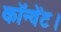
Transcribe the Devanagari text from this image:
कॉन्वेंट।